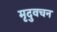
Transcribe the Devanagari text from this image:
मृदुवचन